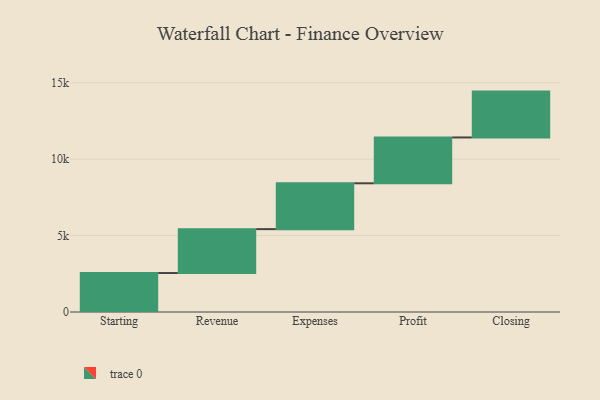
{"axis": {"x": "Step", "y": "Value"}, "legend": [""], "data": [{"x": "Starting", "y": 2550.0, "type": ""}, {"x": "Revenue", "y": 2872.0, "type": ""}, {"x": "Expenses", "y": 3000, "type": ""}, {"x": "Profit", "y": 3000, "type": ""}, {"x": "Closing", "y": 3000, "type": ""}]}